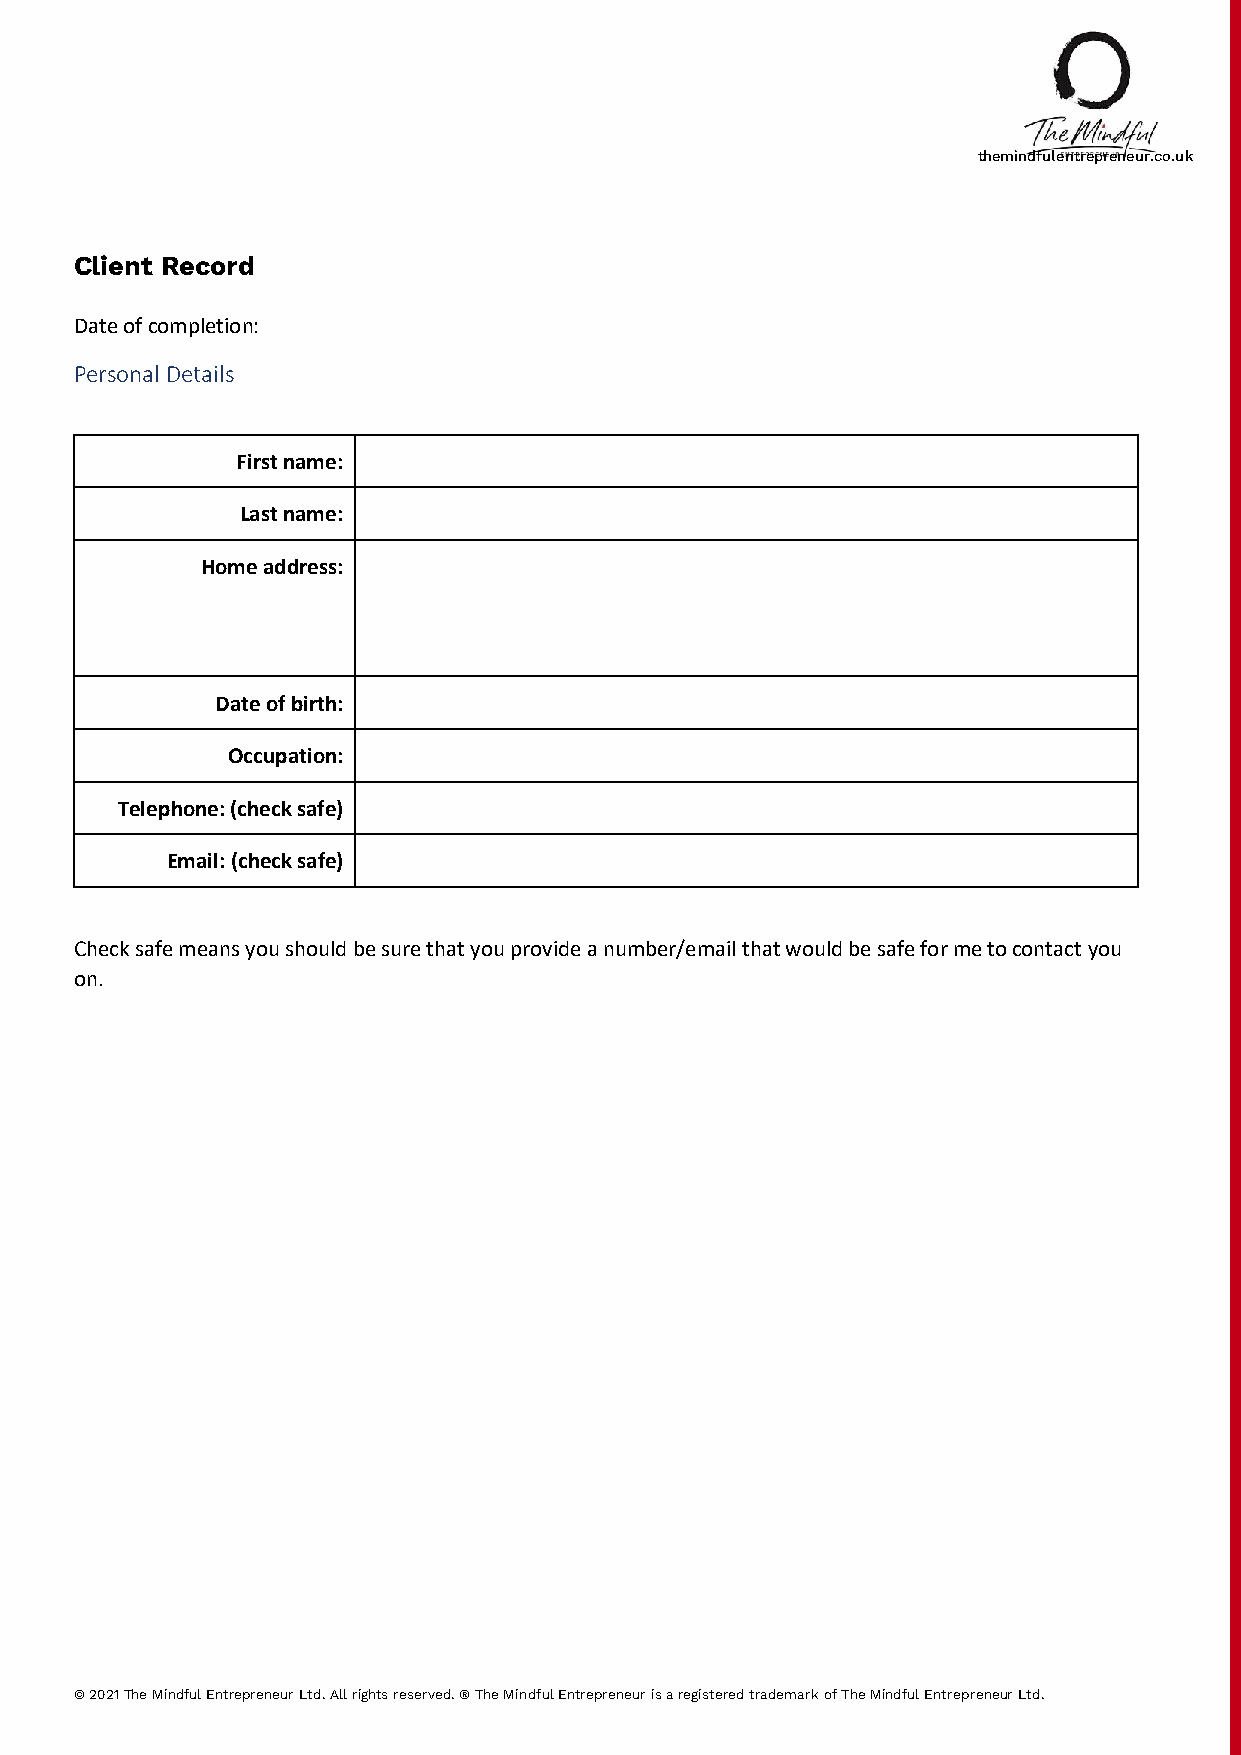
themindfulentrepreneur.co.uk
 Client Record
 Date of completion:
 Personal Details
 First name:
 Last name:
 Home address:
 Date of birth:
 Occupation:
 Telephone: (check safe)
 Email: (check safe)
 Check safe means you should be sure that you provide a number/email that would be safe for me to contact you
 on.
 © 2021 The Mindful Entrepreneur Ltd. All rights reserved. ® The Mindful Entrepreneur is a registered trademark of The Mindful Entrepreneur Ltd.